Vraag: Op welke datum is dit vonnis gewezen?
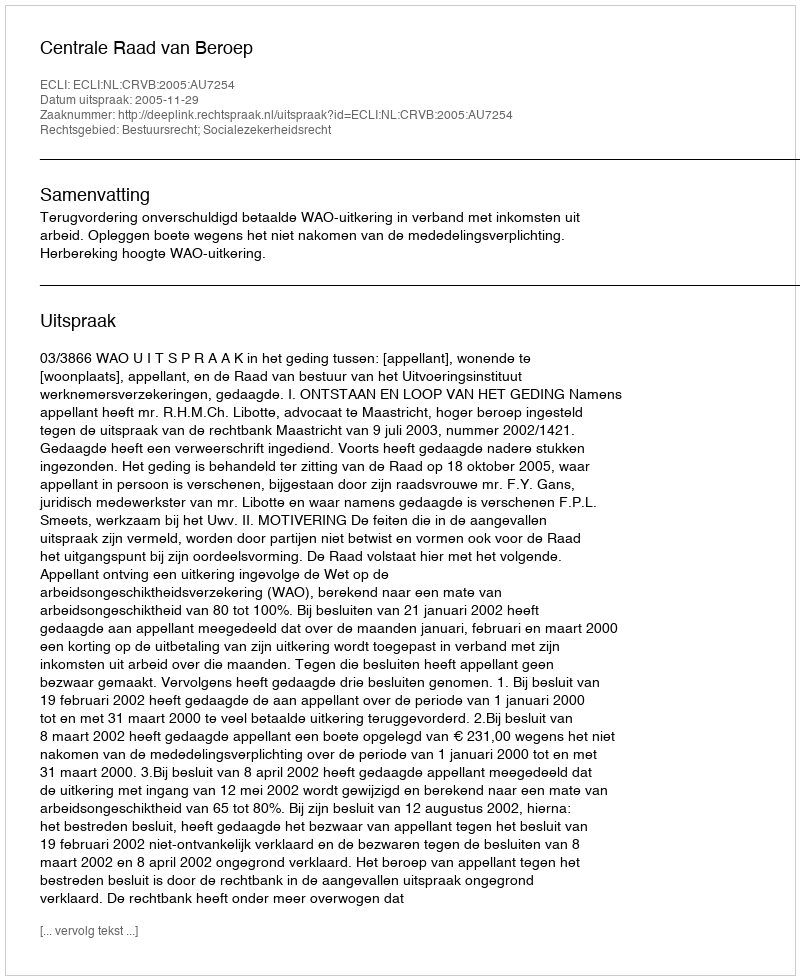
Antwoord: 2005-11-29